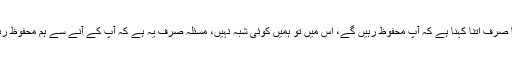
یہاں حکومت کا صرف اتنا کہنا ہے کہ آپ محفوظ رہیں گے، اس میں تو ہمیں کوئی شبہ نہیں، مسئلہ صرف یہ ہے کہ آپ کے آنے سے ہم محفوظ رہیں گے یا نہیں؟